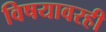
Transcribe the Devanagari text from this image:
विषयावरही